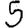
Digit: 5